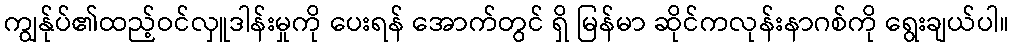
ကျွန်ုပ်၏ထည့်ဝင်လှူဒါန်းမှုကို ပေးရန် အောက်တွင် ရှိ မြန်မာ ဆိုင်ကလုန်းနာဂစ်ကို ရွေးချယ်ပါ။